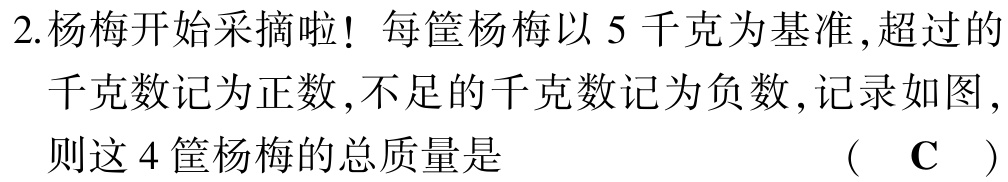
2.杨梅开始采摘啦！每筐杨梅以 5 千克为基准,超过的

千克数记为正数,不足的千克数记为负数,记录如图,

则这 4 筐杨梅的总质量是  （ C ）